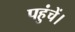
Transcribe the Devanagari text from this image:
पहुंचें।